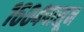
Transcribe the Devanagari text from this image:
१६०४पासून